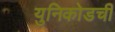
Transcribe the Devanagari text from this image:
युनिकोडची